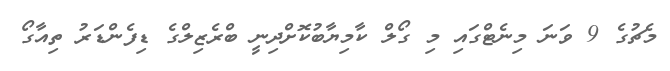
މެޗުގެ 9 ވަނަ މިނެޓްގައި މި ގޯލް ކާމިޔާބުކޮށްދިނީ ބްރެޒިލްގެ ޑިފެންޑަރު ތިއާގޯ